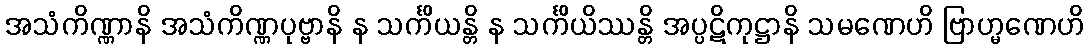
အသံကိဏ္ဏာနိ အသံကိဏ္ဏပုဗ္ဗာနိ န သင်္ကိယန္တိ န သင်္ကိယိဿန္တိ အပ္ပဋိကုဋ္ဌာနိ သမဏေဟိ ဗြာဟ္မဏေဟိ